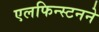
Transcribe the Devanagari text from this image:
एलफिन्स्टनने